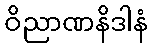
ဝိညာဏနိဒါနံ